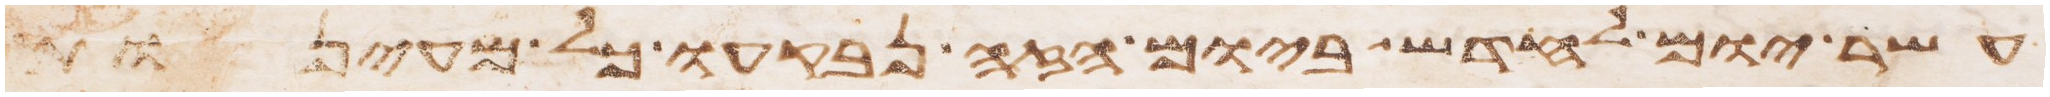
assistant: עשר יום לחדש ביום הזה נבקעו כל מעינות